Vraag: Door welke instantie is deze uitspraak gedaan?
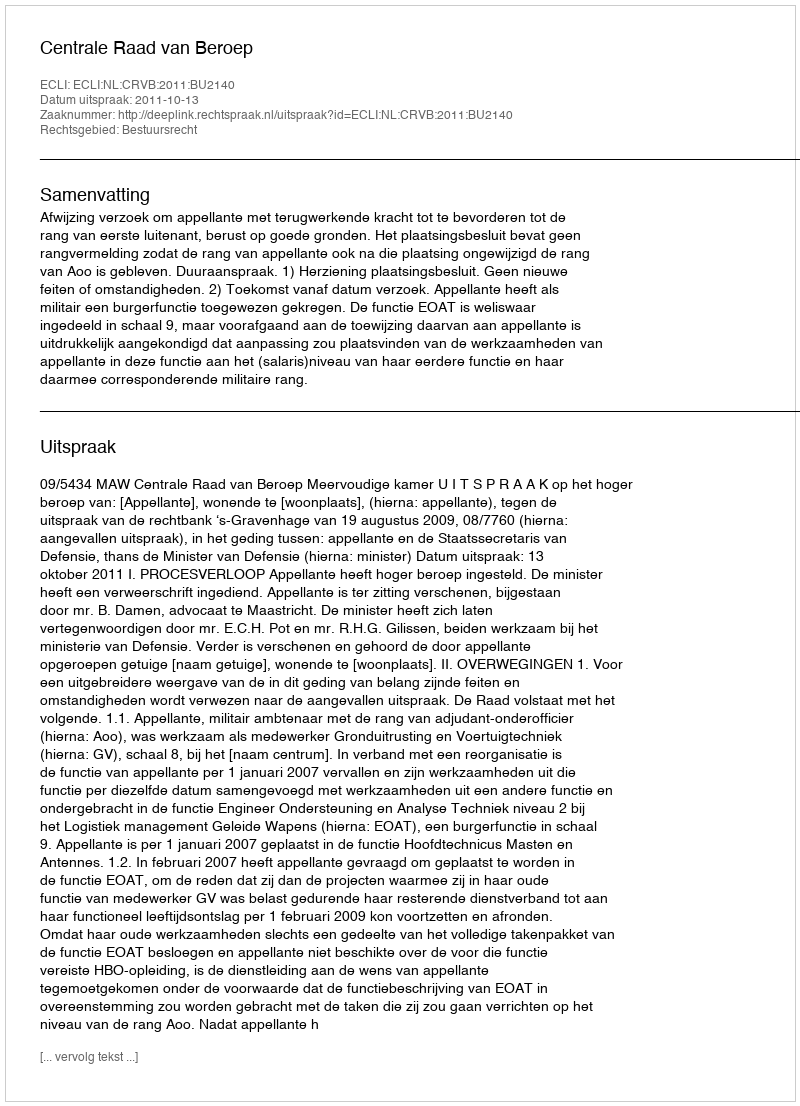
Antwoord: Centrale Raad van Beroep